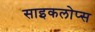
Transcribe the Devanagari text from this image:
साइकलोप्स